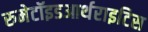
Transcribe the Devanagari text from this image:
रुमेटॉइडआर्थराइटिस